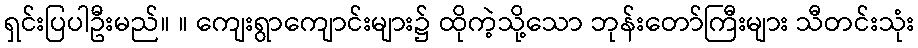
ရှင်းပြပါဦးမည်။ ။ ကျေးရွာကျောင်းများ၌ ထိုကဲ့သို့သော ဘုန်းတော်ကြီးများ သီတင်းသုံး